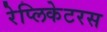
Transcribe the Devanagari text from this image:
रेप्लिकेटरस